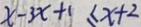
x - 3 x + 1 \leq x + 2